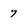
Character: 7